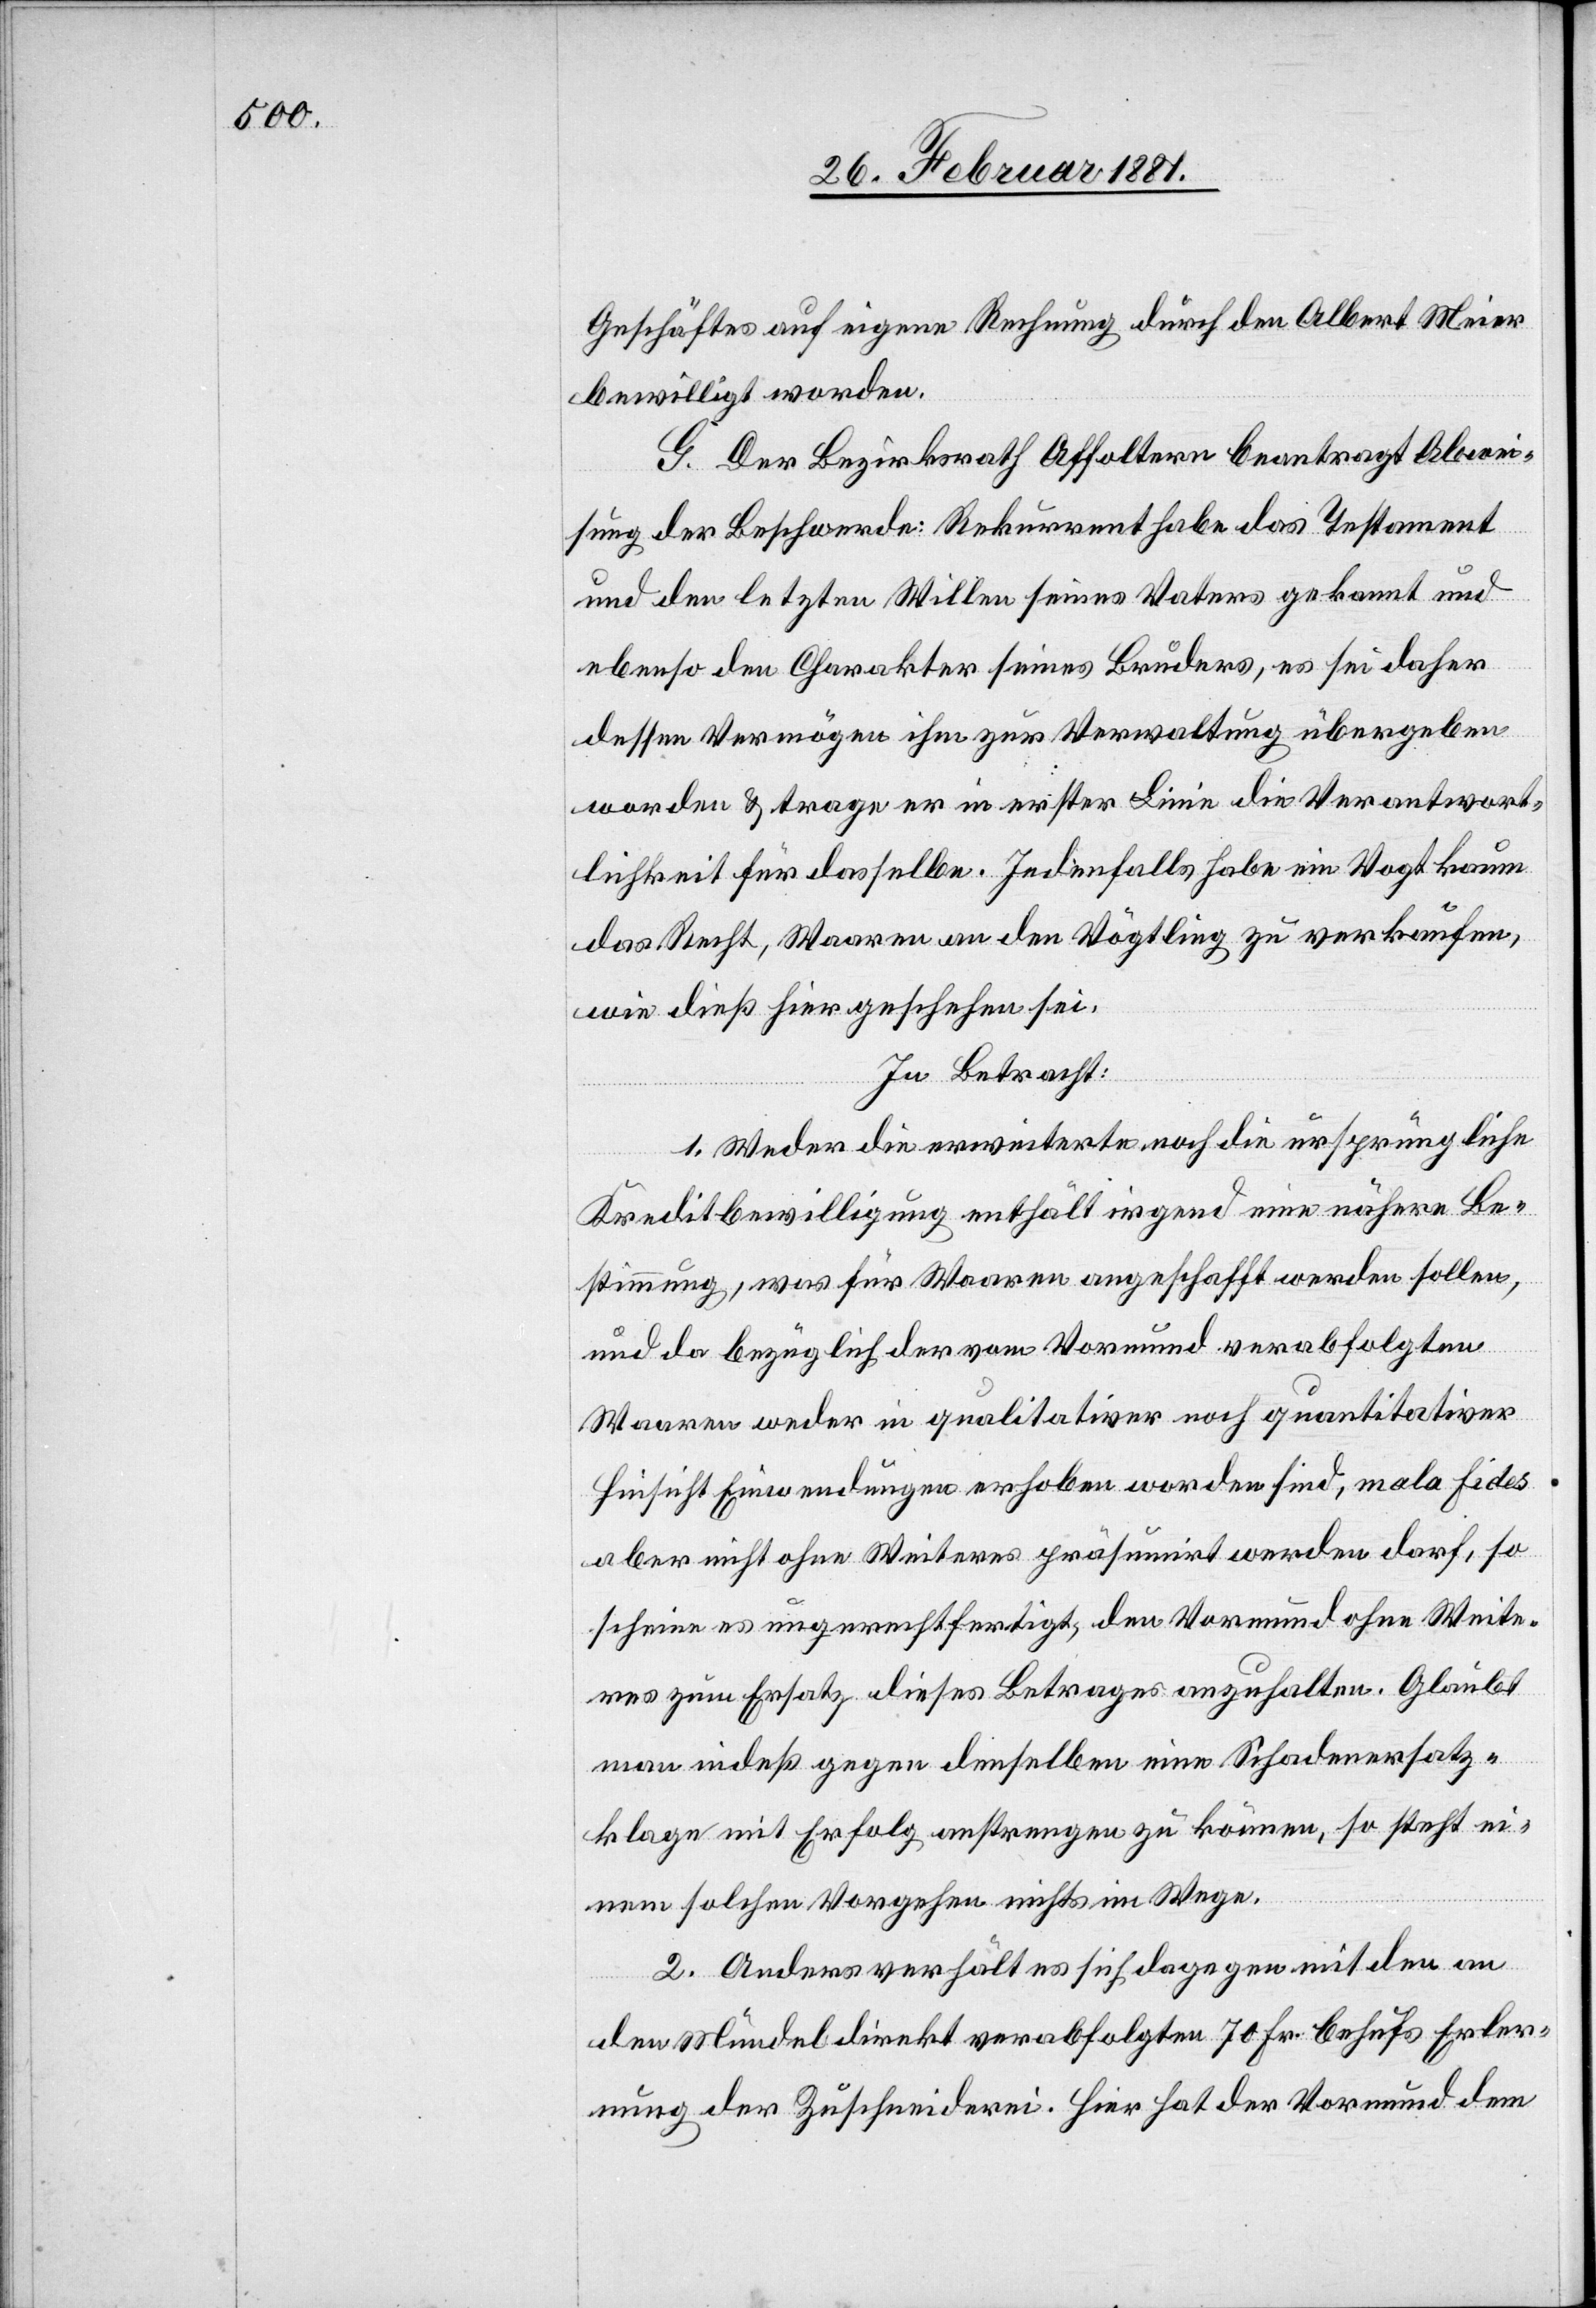
Geschäftes auf eigene Rechnung durch den Albert Meier
bewilligt worden.
G. Der Bezirksrath Affoltern beantragt Abwei¬
sung der Beschwerde: Rekurrent habe das Testament
und den letzten Willen seines Vaters gekannt und
ebenso den Charakter seines Bruders, es sei daher
dessen Vermögen ihm zur Verwaltung übergeben
worden & trage er in erster Linie die Verantwort¬
lichkeit für dasselbe. Jedenfalls habe ein Vogt kaum
das Recht, Waaren an den Vögtling zu verkaufen,
wie dieß geschehen sei.
In Betracht:
1. Weder die erweiterte noch die ursprüngliche
Kreditbewilligung enthält irgend eine nähere Be¬
stimmung, was für Waaren angeschafft werden sollen,
und da bezüglich der vom Vormund verabfolgten
Waaren weder in qualitativer noch quantitativer
Hinsicht Einwendungen erhoben worden sind, mala fides
aber nicht ohne Weiteres präsumirt werden darf, so
scheine es ungerechtfertigt, den Vormund ohne Weite¬
res zum Ersatz dieses Betrages anzuhalten. Glaubt
man indeß gegen denselben eine Schadenersatz¬
klage mit Erfolg anstrengen zu können, so steht ei¬
nem solchen Vorgehen nichts im Wege.
2. Anders verhält es sich dagegen mit den an
den Mündel direkt verabfolgten 70 Fr. behufs Erler¬
nung der Zuschneiderei. Hier hat der Vormund dem